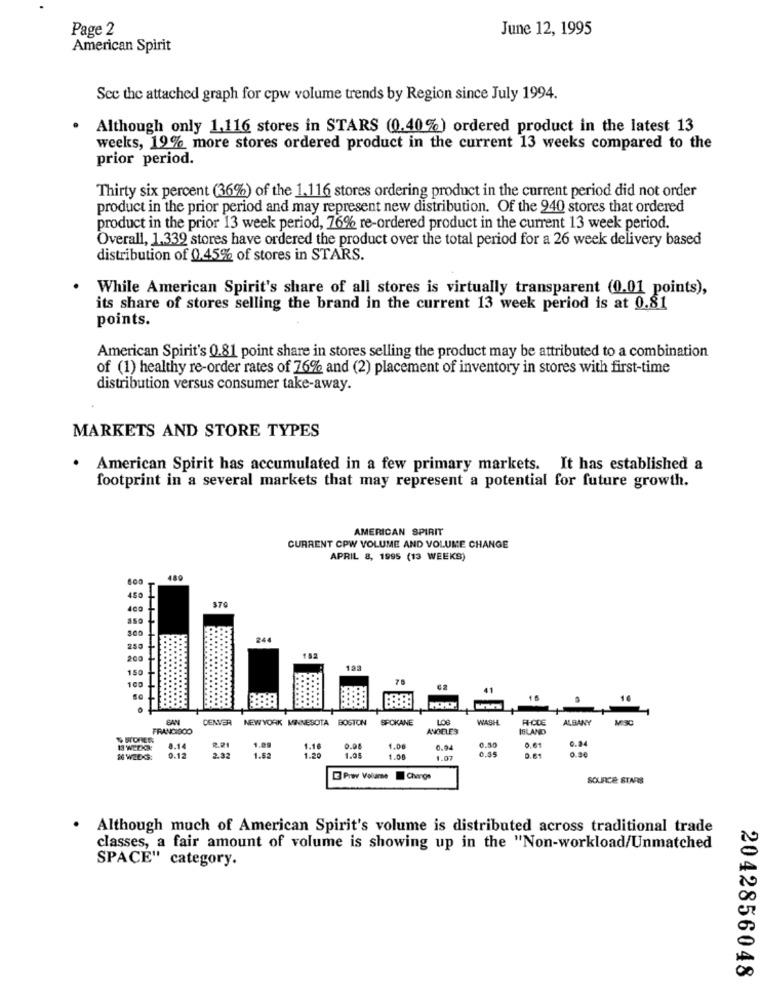
Page 2
June 12, 1995
American Spirit
See the attached graph for cpw volume trends by Region since July 1994.
Although only 1,116 stores in STARS (0.40%) ordered product in the latest 13
weeks, 19% more stores ordered product in the current 13 weeks compared to the
prior period.
Thirty six percent (36%) of the 1.116 stores ordering product in the current period did not order
product in the prior period and may represent new distribution. Of the 940 stores that ordered
product in the prior 13 week period, 76% re-ordered product in the current 13 week period.
Overall, 1.339 stores have ordered the product over the total period for a 26 week delivery based
distribution of 0.45% of stores in STARS.
While American Spirit's share of all stores is virtually transparent (0.01 points),
its share of stores selling the brand in the current 13 week period is at 0.81
points.
American Spirit's 0.81 point share in stores selling the product may be attributed to a combination
of (1) healthy re-order rates of 76% and (2) placement of inventory in stores with first-time
distribution versus consumer take-away.
MARKETS AND STORE TYPES
American Spirit has accumulated in a few primary markets. It has established a
footprint in a several markets that may represent a potential for future growth.
AMERICAN SPIRIT
CURRENT CPW VOLUME AND VOLUME CHANGE
APRIL 8, 1995 (13 WEEKS)
480
450
400
244
250
200
182
150
100
DENVER
NEW YORK MINNESOTA BOSTON
SPOKANE
LOS
WASH
RE-CDE
ALBANY
FRANCISCO
ANGELES
ISLAND
% STORES
1.08
0.50
0.24
8.14
1.10
0.00
1.00
0.04
0.35
0,01
&6 WEEKS:
0.12
2.32
1.52
1.20
1.05
1.08
0.5€
E Prev Volume
Change
SOURCE STARS
Although much of American Spirit's volume is distributed across traditional trade
classes, a fair amount of volume is showing up in the "Non-workload/Unmatched
SPACE" category.
2042856048